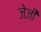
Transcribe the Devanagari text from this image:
जेजी